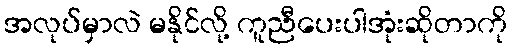
အလုပ်မှာလဲ မနိုင်လို့ ကူညီပေးပါအုံးဆိုတာကို